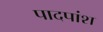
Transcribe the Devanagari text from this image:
पादपांश